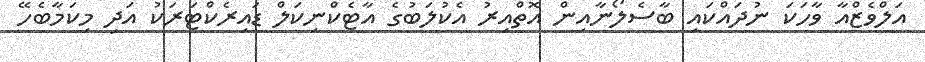
އަލްވެޒްއާ ވާހަކަ ނުދައްކައި ބާސެލޯނާއިން އޮތްއިރު އެކުލަބުގެ އާޓެކްނިކަލް ޑައިރެކްޓަރަކު އަދި މިކަމާބެހޭ